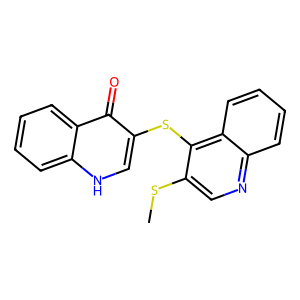
SMILES: CSc1cnc2ccccc2c1Sc1c[nH]c2ccccc2c1=O
Inhibits HIV replication: No